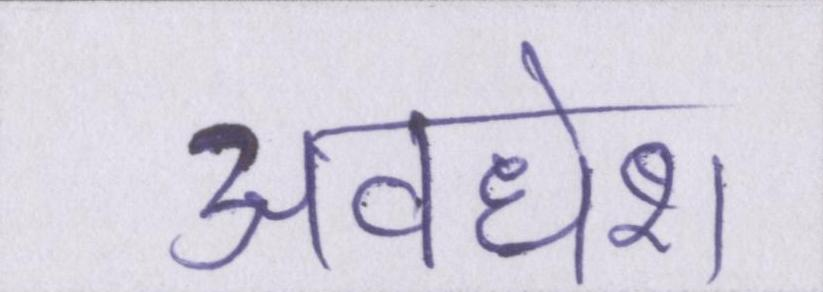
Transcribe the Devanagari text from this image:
अवधेश